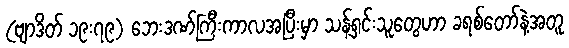
(ဗျာဒိတ် ၁၉း၇၉) ဘေးဒဏ်ကြီးကာလအပြီးမှာ သန့်ရှင်းသူတွေဟာ ခရစ်တော်နဲ့အတူ